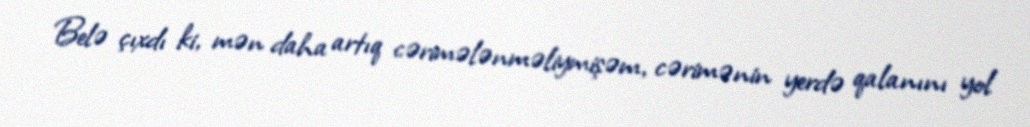
Belə çıxdı ki, mən daha artıq cərimələnməliymişəm, cərimənin yerdə qalanını yol